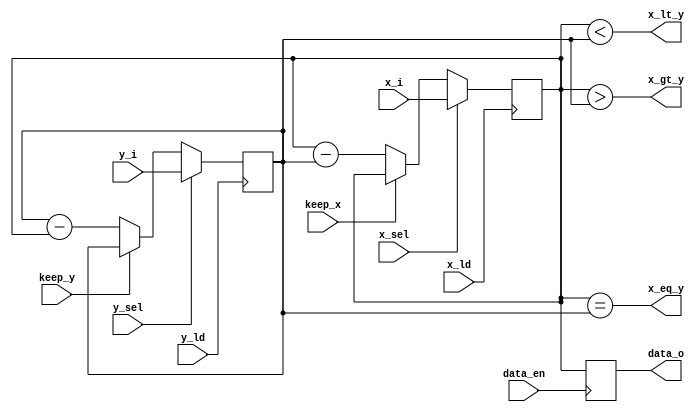
module gcd_dataflow #(
    parameter word = 8
) (
    input [word-1:0] x_i, y_i,
    input x_sel, y_sel, keep_x, keep_y, y_ld, x_ld, data_en,
    output reg [word-1:0] data_o,
    output x_eq_y, x_gt_y, x_lt_y
);


reg [word-1:0] x_reg, y_reg;

wire [word-1:0] x_sub, y_sub;

assign x_eq_y = x_reg == y_reg;
assign x_gt_y = x_reg > y_reg;
assign x_lt_y = x_reg < y_reg; 

assign x_sub = x_reg - y_reg;

assign y_sub = y_reg - x_reg;

always @(posedge x_ld) begin
    x_reg = x_sel? x_i : keep_x? x_reg : x_sub;
end

always @(posedge y_ld) begin
    y_reg = y_sel? y_i : keep_y? y_reg : y_sub;
end

always @(posedge data_en) data_o = x_reg;
    
endmodule